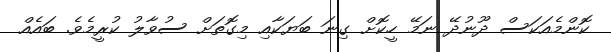
ކޮންމެއަކަސް ދޫނުދޭ ނަމޭ ހީކޮށް ގިނަ ބަޔަކާއި މިގޮތަށް ސުވާލު ކުރީމެވެ. ބައެއް